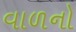
વાળનો